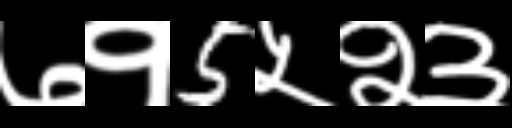
Text: ७१5५२३